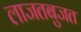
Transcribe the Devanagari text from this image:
लाजतबुजत